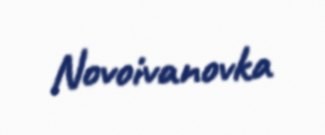
Novoivanovka